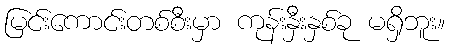
မြင်းကောင်းတစ်စီးမှာ ကုန်းနှီးနှစ်ခု မရှိဘူး။